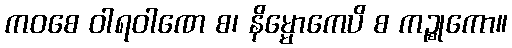
ကဝစေ ဝါရဝါဏေ စ၊ နိမ္မောကေပိ စ ကဉ္စုကော။